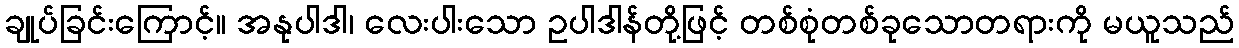
ချုပ်ခြင်းကြောင့်။ အနုပါဒါ၊ လေးပါးသော ဥပါဒါန်တို့ဖြင့် တစ်စုံတစ်ခုသောတရားကို မယူသည်